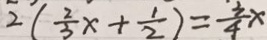
2 ( \frac { 2 } { 3 } x + \frac { 1 } { 2 } ) = \frac { 3 } { 4 } x